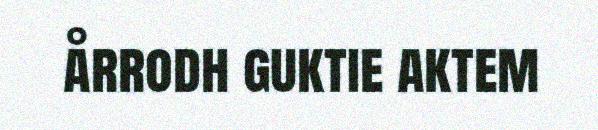
årrodh guktie aktem